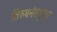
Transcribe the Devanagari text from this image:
तिरुवनंतपुरम्‌